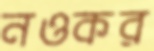
নওকর